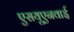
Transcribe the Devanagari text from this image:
एसयूएनवाई